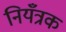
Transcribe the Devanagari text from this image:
नियँत्रक